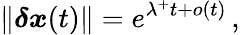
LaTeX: \lVert\boldsymbol{\delta x}(t)\rVert=e^{\lambda^{+}t+o(t)}\, ,